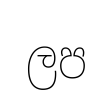
ලප